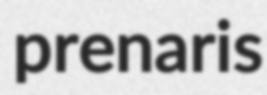
prenaris